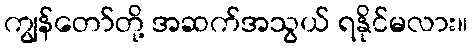
ကျွန်တော်တို့ အဆက်အသွယ် ရနိုင်မလား။